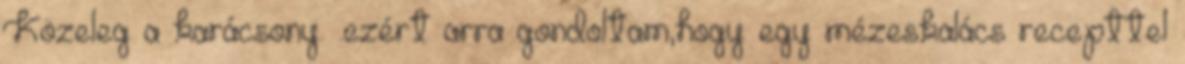
Közeleg a karácsony. .ezért arra gondoltam,hogy egy mézeskalács recepttel